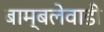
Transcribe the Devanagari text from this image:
बाम्बलेवाडी